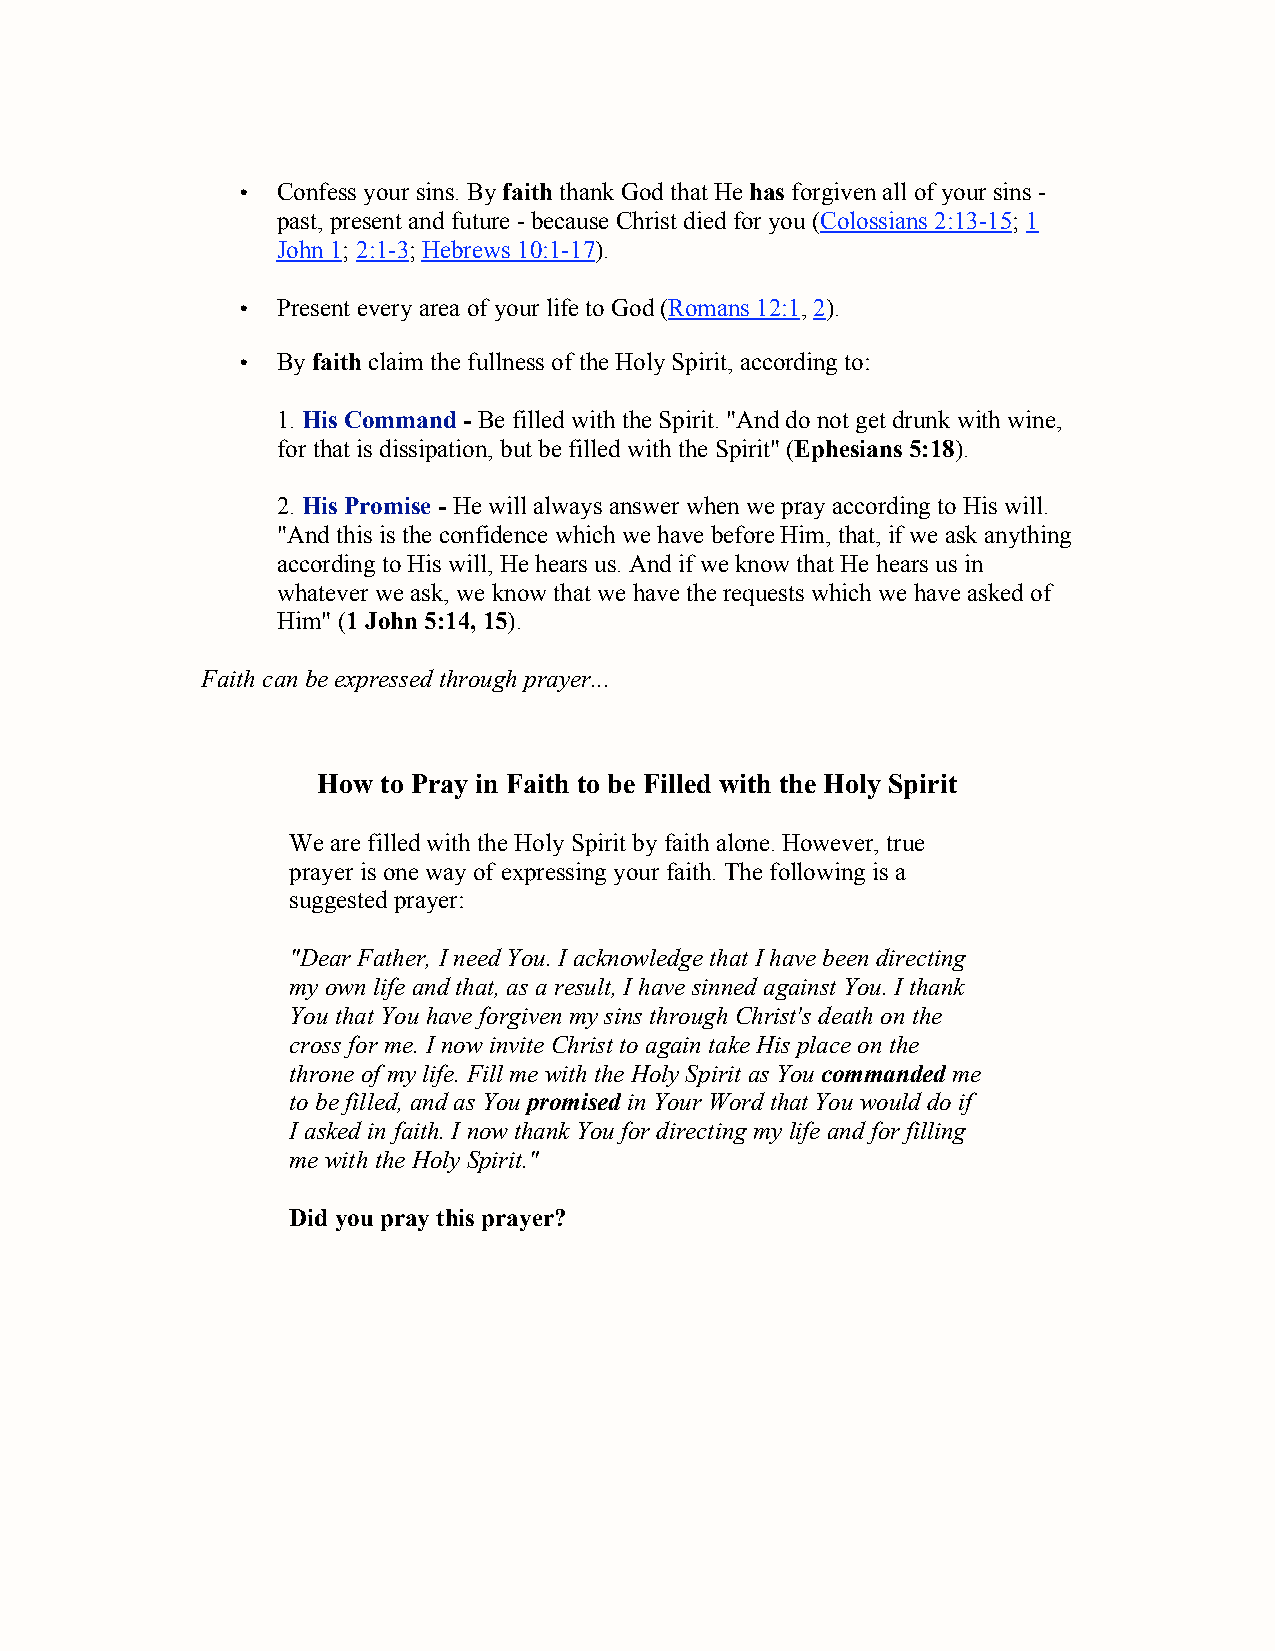
• Confess your sins. By faith thank God that He has forgiven all of your sins -
 past, present and future - because Christ died for you (Colossians 2:13-15; 1
 John 1; 2:1-3; Hebrews 10:1-17).
 • Present every area of your life to God (Romans 12:1, 2).
 • By faith claim the fullness of the Holy Spirit, according to:
 1. His Command - Be filled with the Spirit. "And do not get drunk with wine,
 for that is dissipation, but be filled with the Spirit" (Ephesians 5:18).
 2. His Promise - He will always answer when we pray according to His will.
 "And this is the confidence which we have before Him, that, if we ask anything
 according to His will, He hears us. And if we know that He hears us in
 whatever we ask, we know that we have the requests which we have asked of
 Him" (1 John 5:14, 15).
 Faith can be expressed through prayer...
 How to Pray in Faith to be Filled with the Holy Spirit
 We are filled with the Holy Spirit by faith alone. However, true
 prayer is one way of expressing your faith. The following is a
 suggested prayer:
 "Dear Father, I need You. I acknowledge that I have been directing
 my own life and that, as a result, I have sinned against You. I thank
 You that You have forgiven my sins through Christ's death on the
 cross for me. I now invite Christ to again take His place on the
 throne of my life. Fill me with the Holy Spirit as You commanded me
 to be filled, and as You promised in Your Word that You would do if
 I asked in faith. I now thank You for directing my life and for filling
 me with the Holy Spirit."
 Did you pray this prayer?